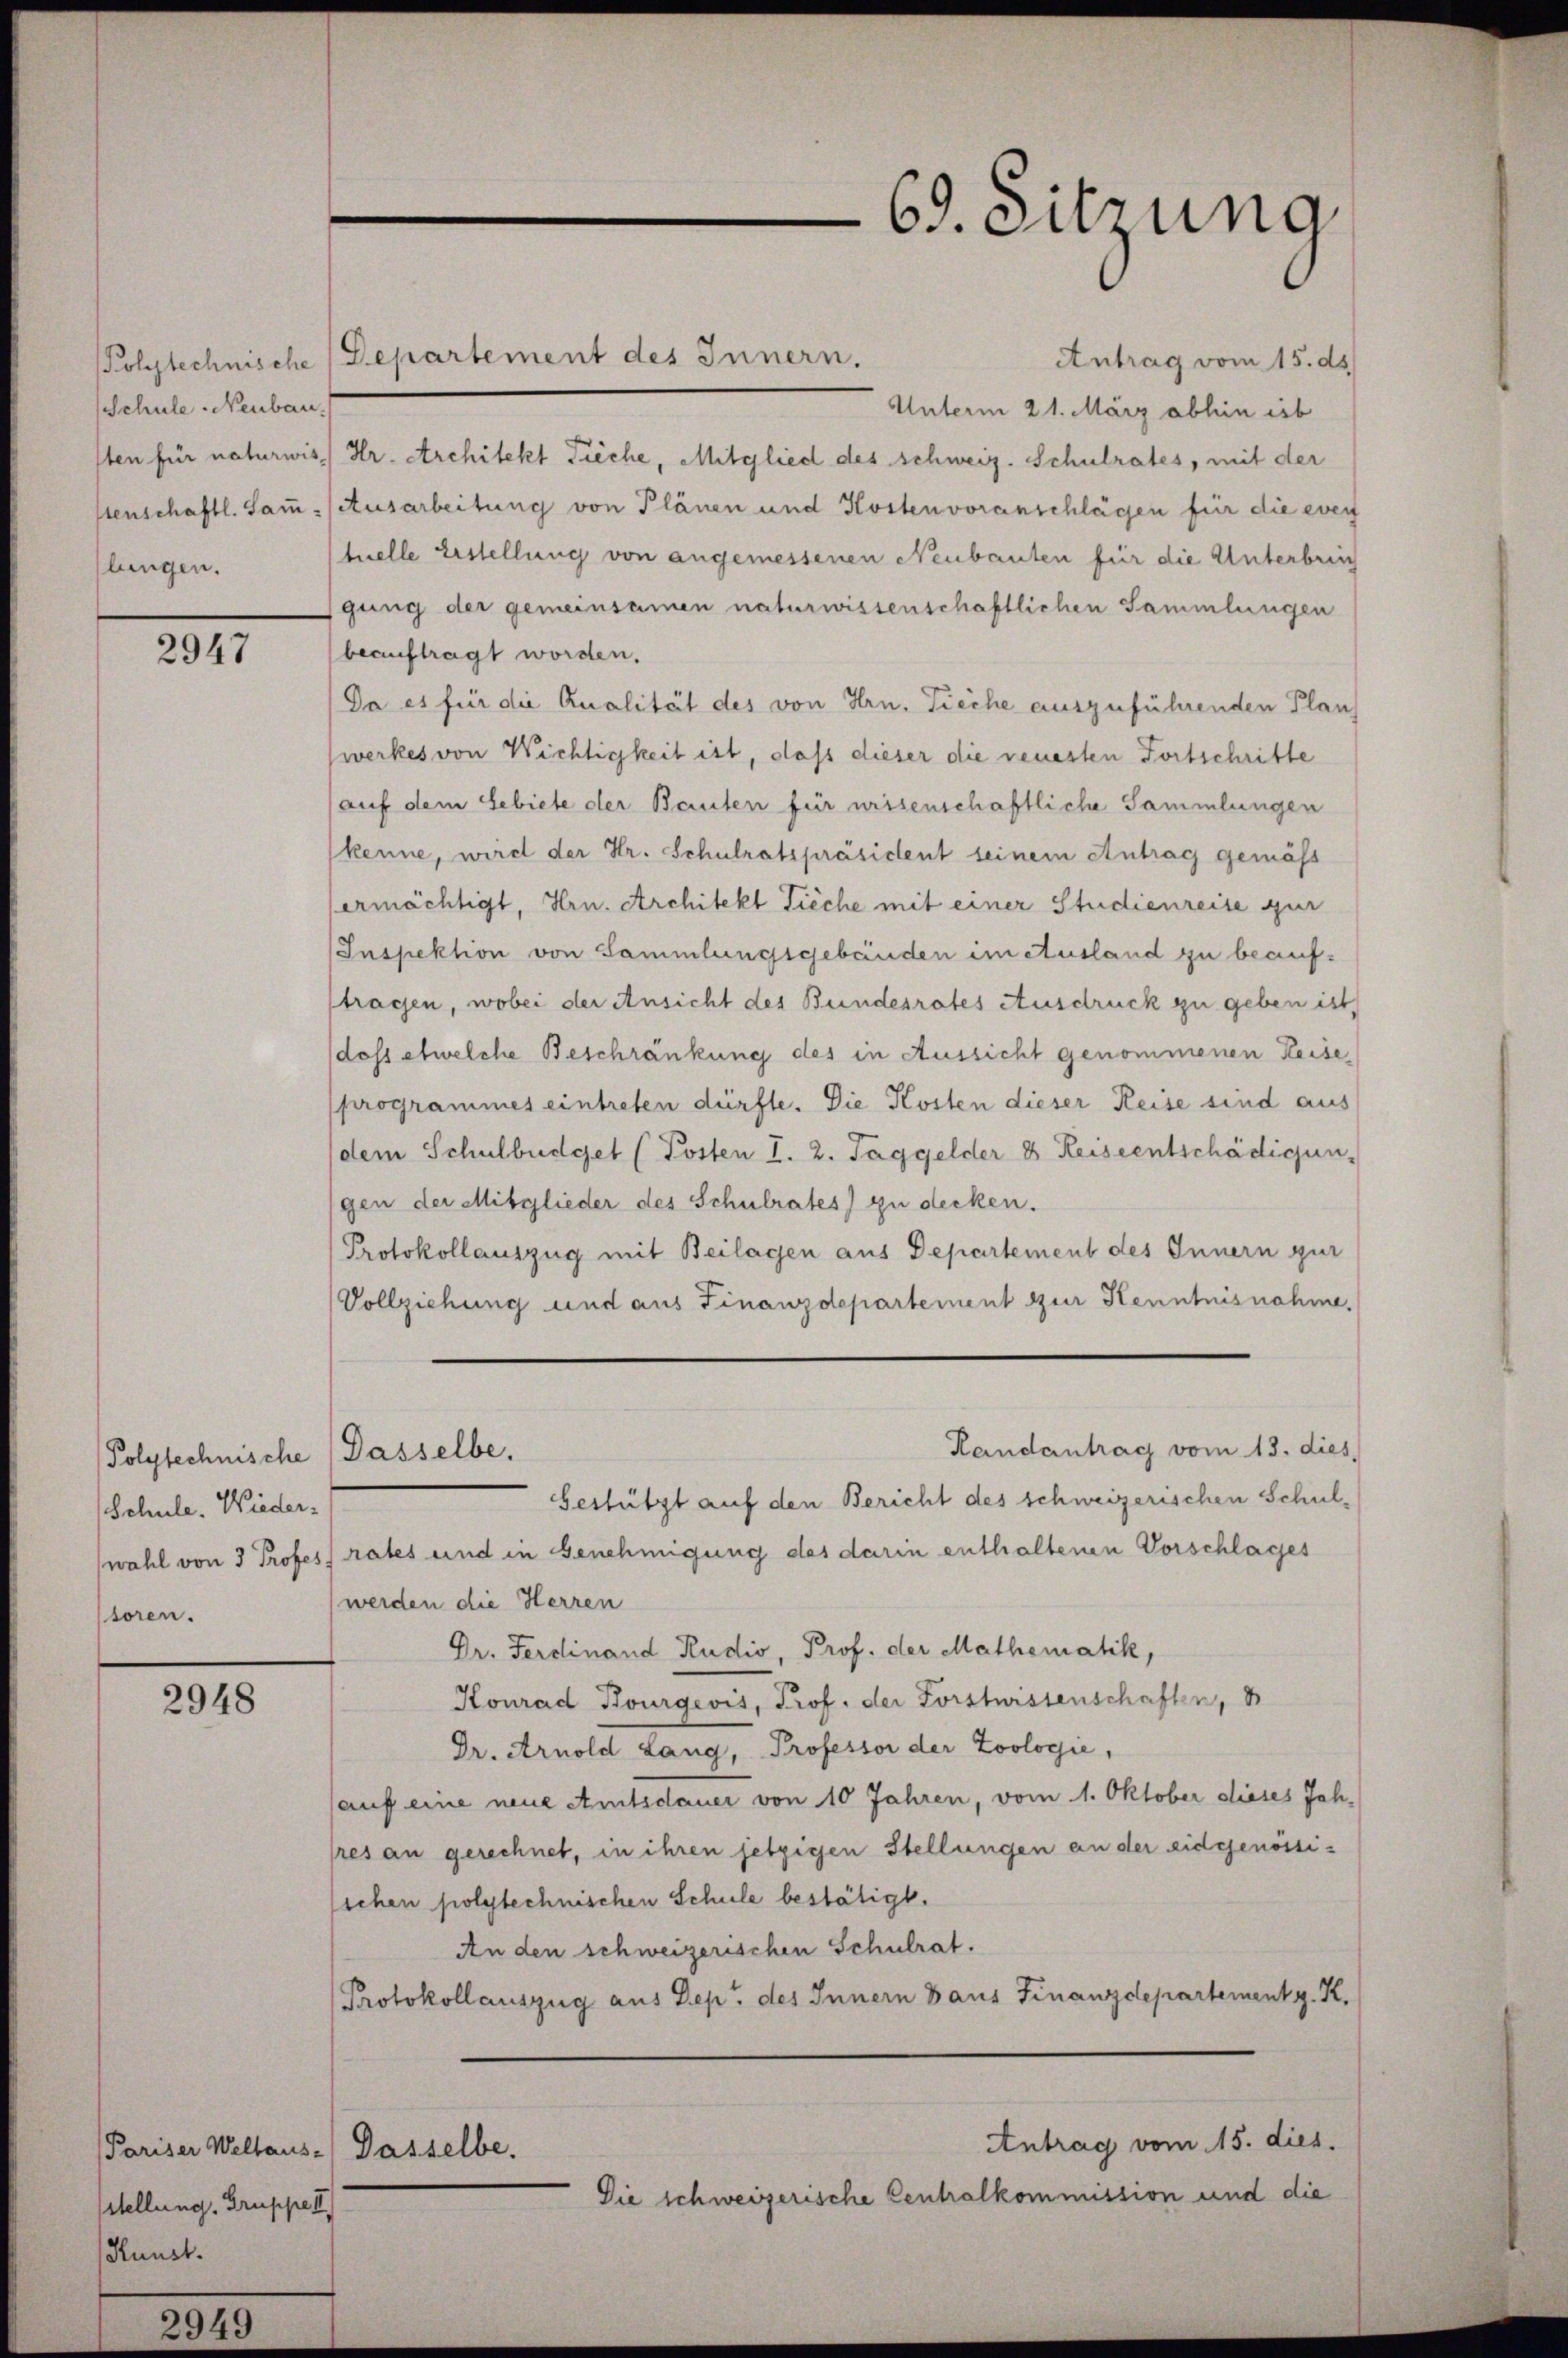
Schule Neubau
sten für naturwis
tenschaftl. Samllungen.

2947

Polytechnische (Dasselbe.
Schule. Wiedertoren.

2948

Pariser Weltaus - Dasselbe.
stellung. Gruppe II
Kunst.

2949

Kolytechnische Departement des Innern.

Antrag vom 15. ds.
Unterm 21. März abhin ist
Dr. Architekt Tieche, Mitglied des schweiz. Schulrates, mit der
Ausarbeitung von Plänen und Kostenvoranschlägen für die even
tuelle Erstellung von angemessenen Neubauten für die Unterbreich
gung der gemeinsamen naturwissenschaftlichen Sammlungen
beauftragt worden.
Da es für die Qualität des von Hrn. Tieche auszuführenden Planz
werkes von Wichtigkeit ist, daß dieser die reuesten Fortschritte
(auf dem Gebiete der Bauten für wissenschaftliche Sammlungen
kenne, wird der Hr. Schulratspräsident seinem Antrag gemäß
ermächtigt, Hrn. Architekt Tieche mit einer Studienreise zur
Inspektion von Sammlungsgebenden im Ausland zu beauftragen, wobei der Ansicht der Bundesrates Ausdruck zu geben ist,
doss etwelche Beschränkung des in Aussicht genommenen Keise,
programmes eintreten dürfte. Die Kosten dieser Reise sind aus
dem Schulbüdget (Posten I. 2. Taggelder 8 Keiseentschädigun
gen der Mitglieder des Schulrates) zu decken.
Protokollauszug mit Beilagen aus Departement des Innern zur
Vollziehung und aus Finanzdepartement zur Kenntnisnahme,
Randantrag vom 13. dies
Gestützt auf den Bericht des schweizerischen Schulwahl von 3 Profes rates und in Genehmigung des darin enthaltenen Vorschlages
werden die Herren
Dr. Ferdinand Rudio, Prof. der Mathematik,
Konrad Kourgeois, Prof. der Forstwissenschaften,
Dr. Arnold Lang, Professor der Zoologie,
sauf eine neue Amtsdauer von 10 Jahren, vom 1. Oktober dieses Jahres an gerechnet, in ihren jetzigen Stellungen an der eidgenössischen polytechnischen Schule bestätigt.
An den schweizerischen Schulrat.
Protokollauszug aus Dep. des Innern Baus Finanzdepartement g. K.
Antrag vom 15. dies.
Die schweizerische Centralkommission und die

69. Sitzung